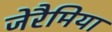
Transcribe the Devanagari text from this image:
जेरैमिया